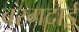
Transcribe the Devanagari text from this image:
बरगदाई